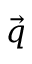
\vec { q }